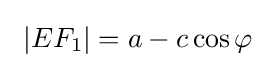
\ |EF_{1}|=a-c\cos \varphi \